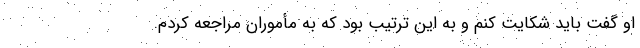
او گفت باید شکایت کنم و به این ترتیب بود که به مأموران مراجعه کردم.